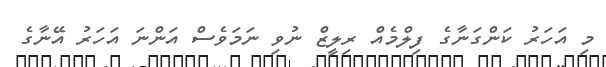
މި އަހަރު ކަންގަނާގެ ފިލްމެއް ރިލީޒް ނުވި ނަމަވެސް އަންނަ އަހަރު އޭނާގެ